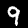
Label: 9